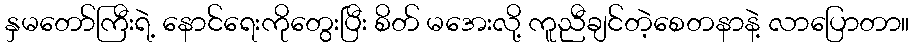
နှမတော်ကြီးရဲ့ နောင်ရေးကိုတွေးပြီး စိတ် မအေးလို့ ကူညီချင်တဲ့စေတနာနဲ့ လာပြောတာ။